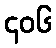
၄၀၆